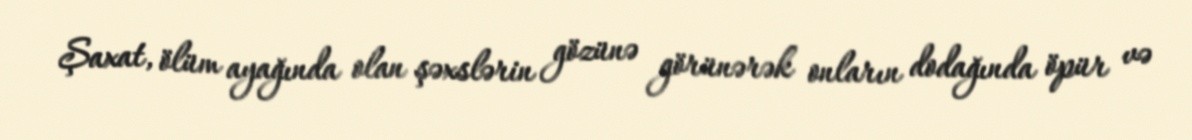
Şaxat, ölüm ayağında olan şəxslərin gözünə görünərək onların dodağında öpür və